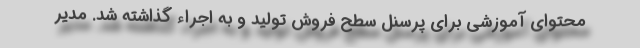
محتوای آموزشی برای پرسنل سطح فروش تولید و به اجراء گذاشته شد. مدیر